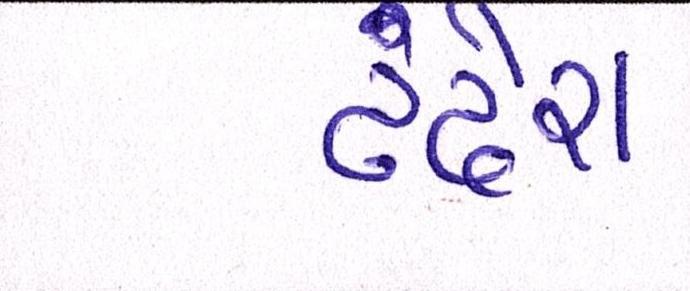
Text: ઢંઢેરા